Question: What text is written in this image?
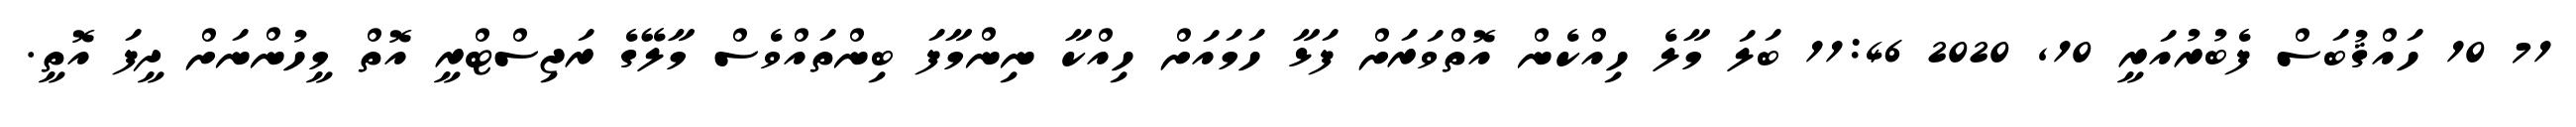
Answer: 71 10 ހައްޤުބަސް ފެބުރުއަރީ 10, 2020 11:46 ބަލަ މާލެ ހިއްކެން އޮތްވަރަށް ފަޅާ ހަމައަށް ހިއްކާ ނިންމާފަ ބިންތައްވެސް މާލޭގެ ރަޖިސްޓްރީ އޮތް މީހުންނަށް ދީފަ އޮތީ.